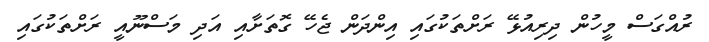
ރުއްގަސް މީހުން ދިރިއުޅޭ ރަށްތަކުގައި އިންދަން ޖެހޭ ގޮތަށާއި އަދި މަސްނޫއީ ރަށްތަކުގައި